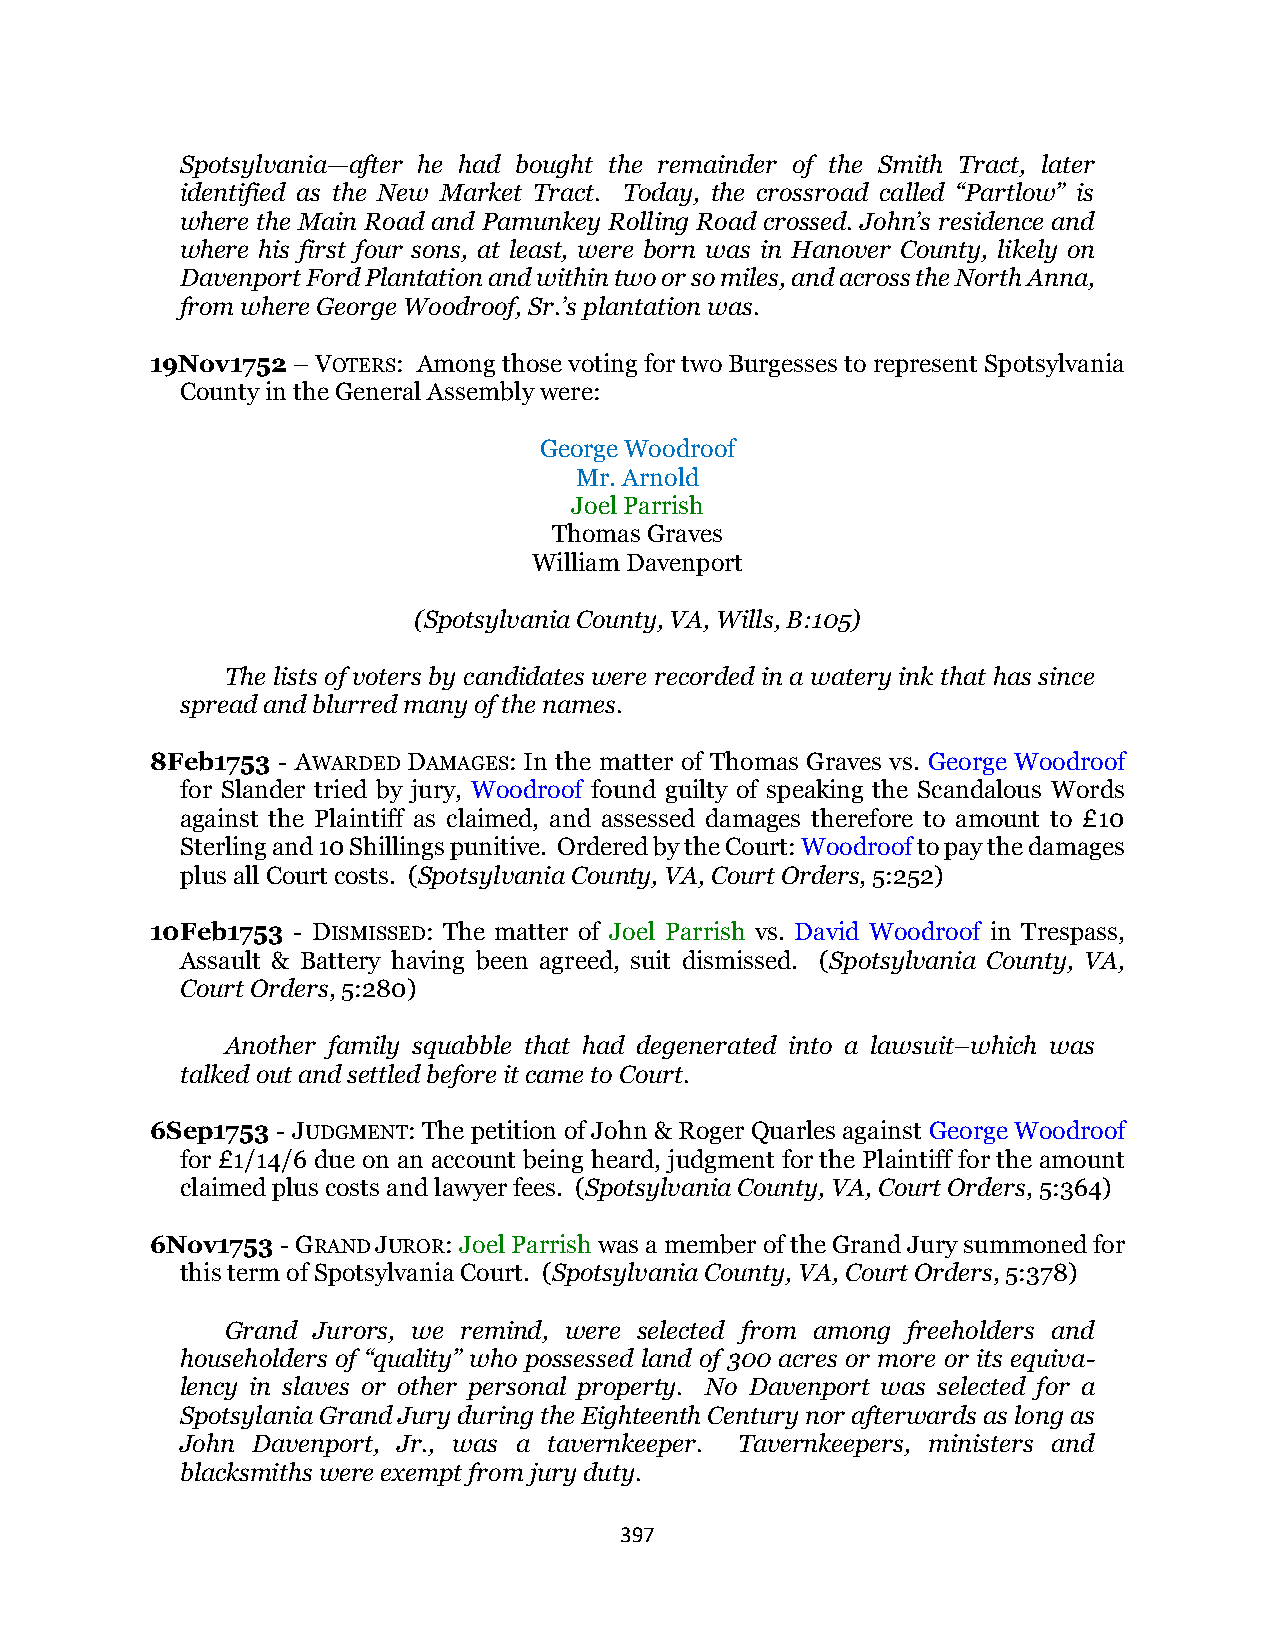
Spotsylvania—after he had bought the remainder of the Smith Tract, later
 identified as the New Market Tract. Today, the crossroad called “Partlow” is
 where the Main Road and Pamunkey Rolling Road crossed. John’s residence and
 where his first four sons, at least, were born was in Hanover County, likely on
 Davenport Ford Plantation and within two or so miles, and across the North Anna,
 from where George Woodroof, Sr.’s plantation was.
 19Nov1752 – VOTERS: Among those voting for two Burgesses to represent Spotsylvania
 County in the General Assembly were:
 George Woodroof
 Mr. Arnold
 Joel Parrish
 Thomas Graves
 William Davenport
 (Spotsylvania County, VA, Wills, B:105)
 The lists of voters by candidates were recorded in a watery ink that has since
 spread and blurred many of the names.
 8Feb1753 - AWARDED DAMAGES: In the matter of Thomas Graves vs. George Woodroof
 for Slander tried by jury, Woodroof found guilty of speaking the Scandalous Words
 against the Plaintiff as claimed, and assessed damages therefore to amount to £10
 Sterling and 10 Shillings punitive. Ordered by the Court: Woodroof to pay the damages
 plus all Court costs. (Spotsylvania County, VA, Court Orders, 5:252)
 10Feb1753 - DISMISSED: The matter of Joel Parrish vs. David Woodroof in Trespass,
 Assault & Battery having been agreed, suit dismissed. (Spotsylvania County, VA,
 Court Orders, 5:280)
 Another family squabble that had degenerated into a lawsuit–which was
 talked out and settled before it came to Court.
 6Sep1753 - JUDGMENT: The petition of John & Roger Quarles against George Woodroof
 for £1/14/6 due on an account being heard, judgment for the Plaintiff for the amount
 claimed plus costs and lawyer fees. (Spotsylvania County, VA, Court Orders, 5:364)
 6Nov1753 - GRAND JUROR: Joel Parrish was a member of the Grand Jury summoned for
 this term of Spotsylvania Court. (Spotsylvania County, VA, Court Orders, 5:378)
 Grand Jurors, we remind, were selected from among freeholders and
 householders of “quality” who possessed land of 300 acres or more or its equiva-
 lency in slaves or other personal property. No Davenport was selected for a
 Spotsylania Grand Jury during the Eighteenth Century nor afterwards as long as
 John Davenport, Jr., was a tavernkeeper. Tavernkeepers, ministers and
 blacksmiths were exempt from jury duty.
 397